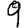
Digit: 9